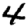
Digit: 4